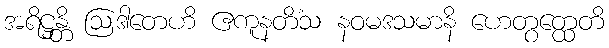
အရိဋ္ဌန္တိ ဩဒါတေဟိ ဧကူနတိံသ နဝမဒသမာနိ ဟေတွတ္ထေတိ